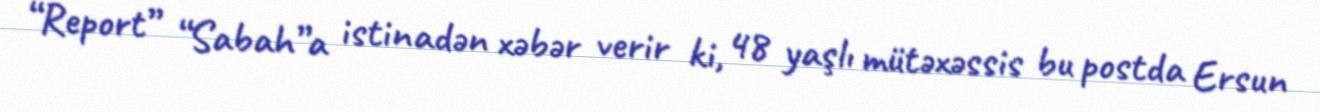
“Report” “Sabah”a istinadən xəbər verir ki, 48 yaşlı mütəxəssis bu postda Ersun